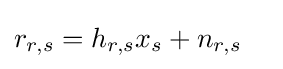
r_{r,s}=h_{r,s}x_{s}+n_{r,s}\quad